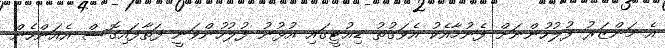
އެ މަންޒަރު ފުލުހުންނަށް ފެނުމާއެކު އެވަގުތު ޑިއުޓީގައި އުޅުނު ފުލުހުންވަނީ ފަތާފައިގޮސް އެއަންހެން